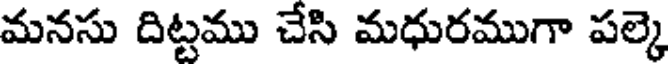
మనసు దిట్టము చేసి మధురముగా పల్కె